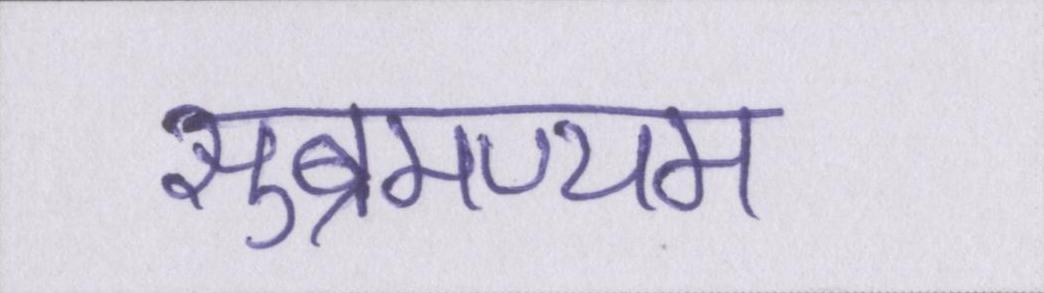
सुब्रमण्यम